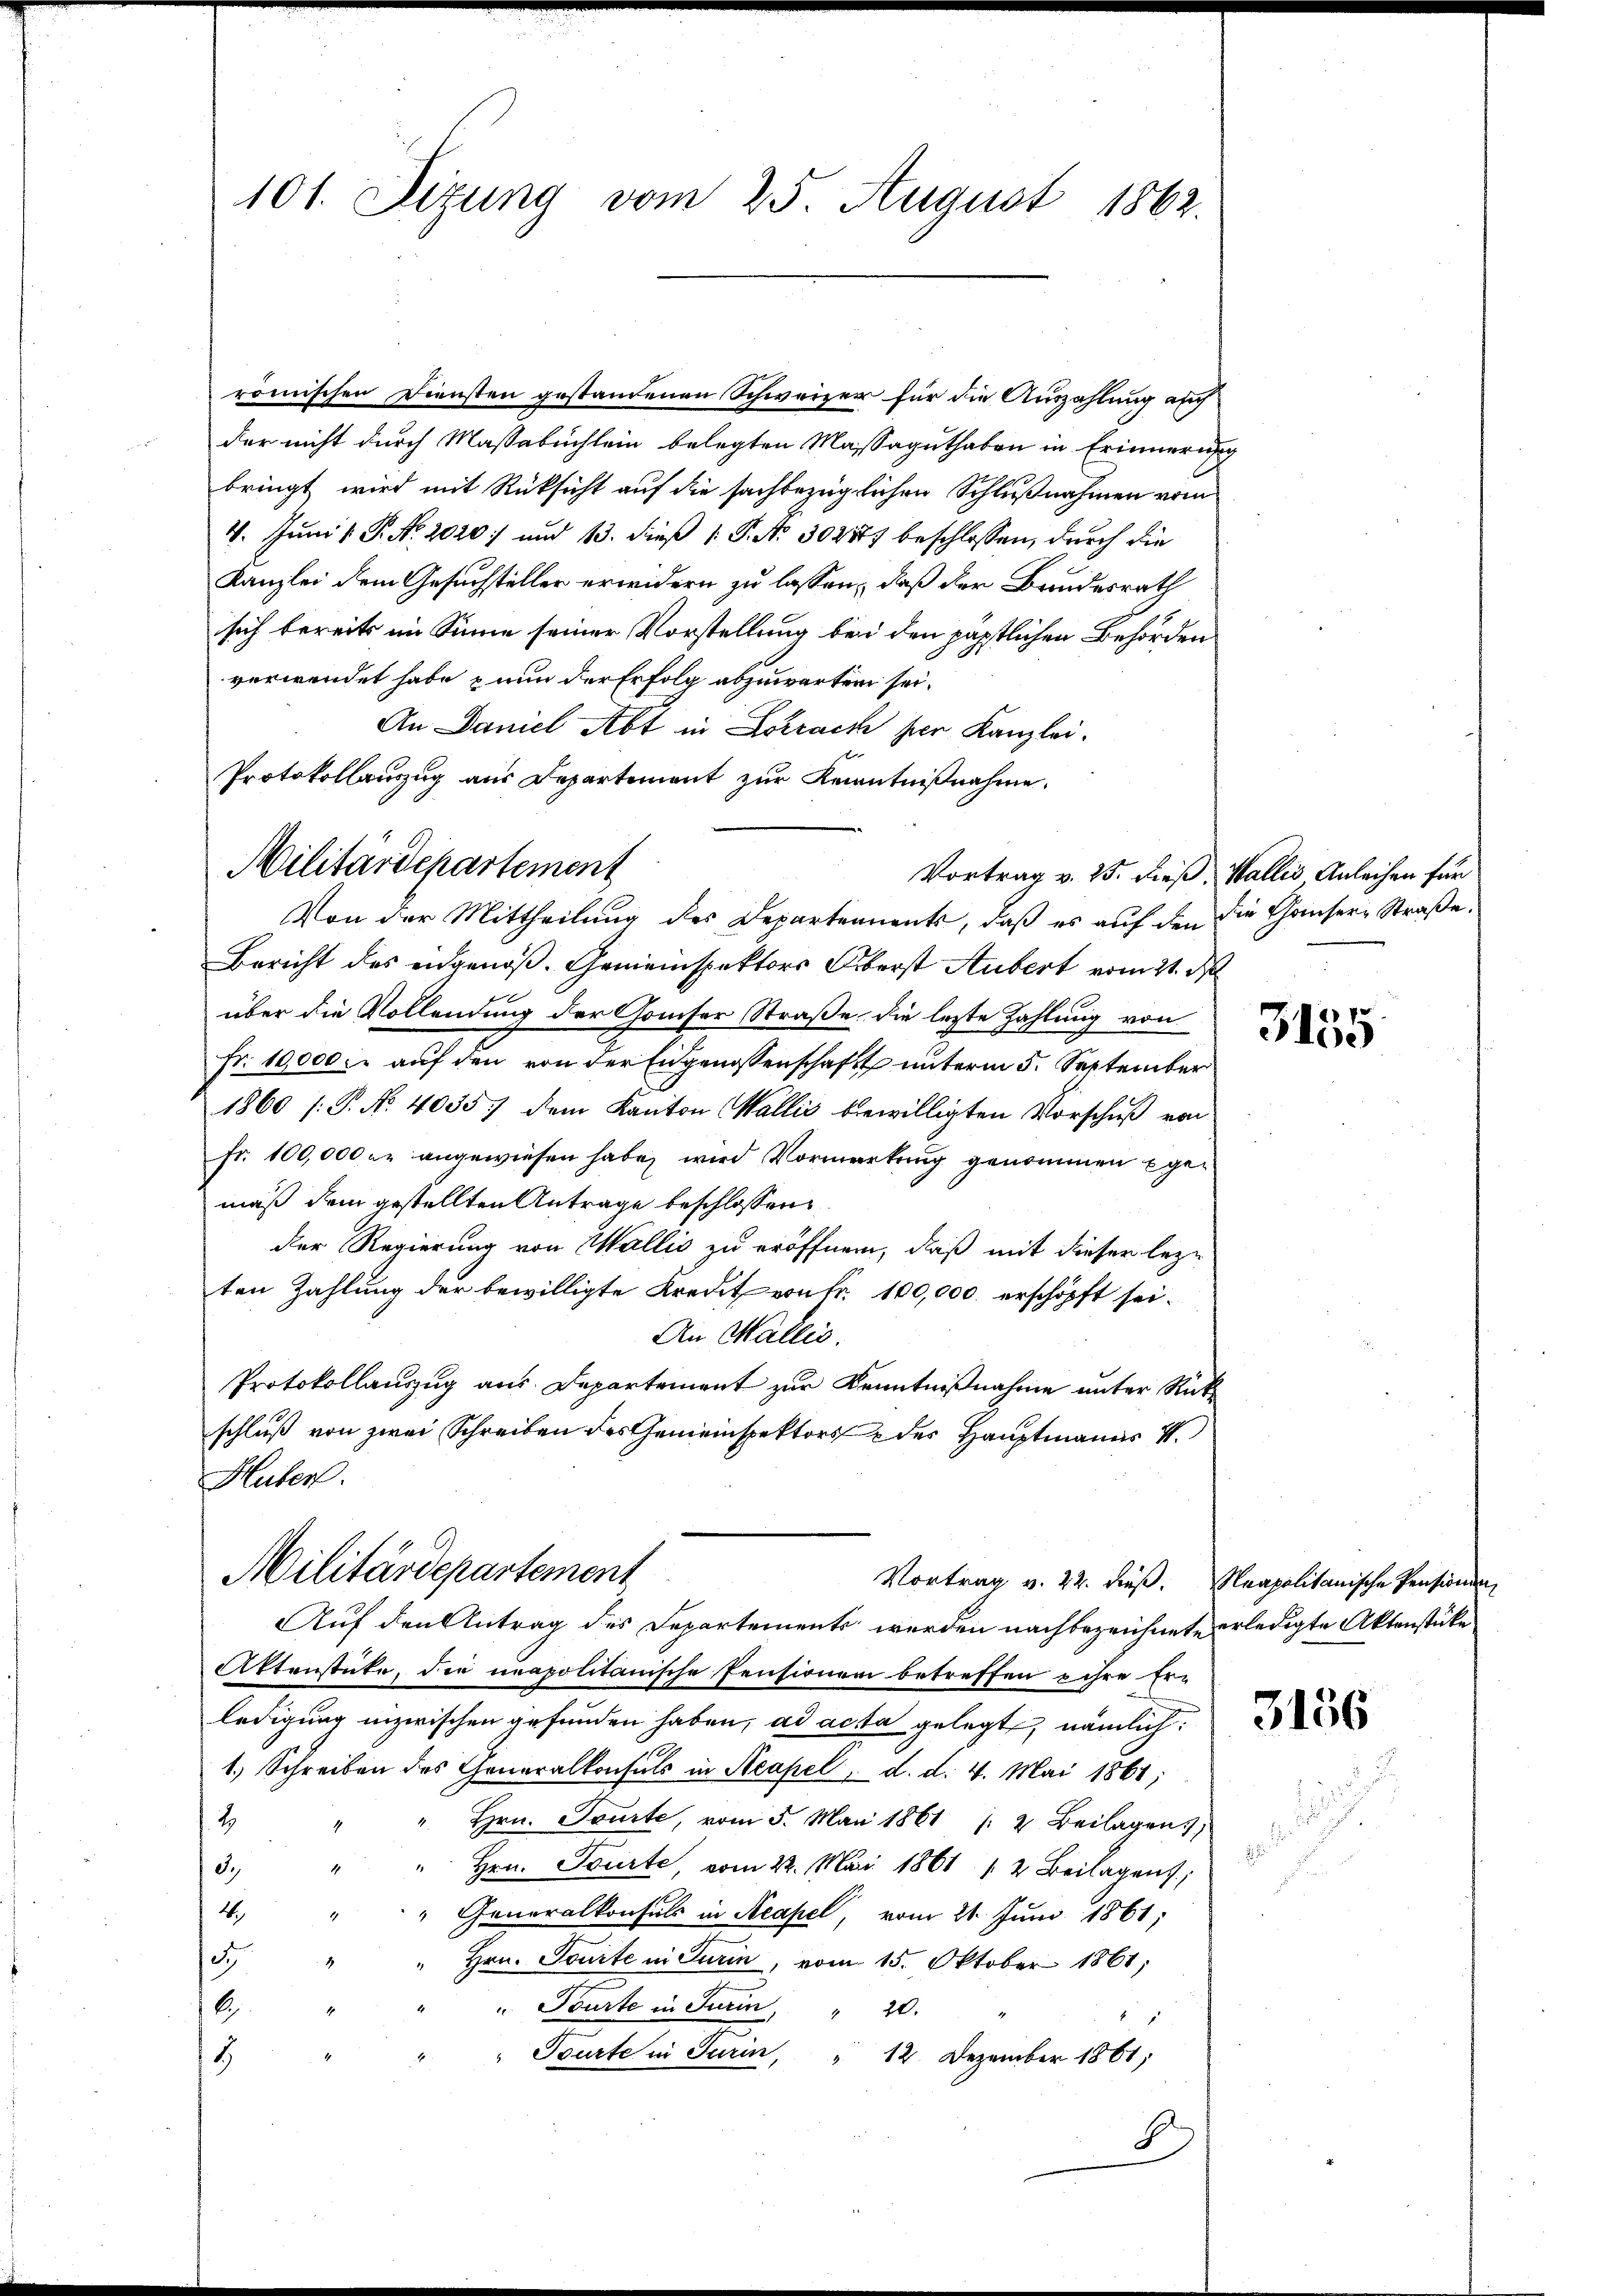
101. Sizung vom 25. August 1862.

römischen Diensten gestandenen Schweizer für die Auszahlung auch
der nicht durch Massabuchlein belegten Massaguthaben in Erinnerung
bringt wird mit Rücksicht auf die sachbezüglichen Schlußnahmen vom
4. Juni 1 P. Nr. 2020:/ und 13. dieß P. No 302577 beschlossen, durch die
Kanzlei dem Gesuchsteller erwidern zu lassen, daß der Bundesrath
sich bereits im Sinne seiner Vorstellung bei den päpstlichen Behörden
verwendet habe & nun der Erfolg abzuwarten sei.
An Daniel Abt in Lohrack hier Kanzlei.
Protokollauszug aus Departement zur Kenntnißnahme.
Von der Mittheilung des Departements, daß es auf den die Gänsere Straße,
Bericht des eidgenoß. Gemeinspektors Oberst Aubert vom 21. d
über die Vollendung der Comiser Straße, die lezte Zahlung von
Fr. 10,000. aŭf den von der Eidgenossenschaft unterm 5. September
1860 /: P. No 4035) dem Kanton Wallis bewilligten Vorschuß von
fr. 100,000 er angewiesen habe, wird Vormerkung genommen gemäß dem gestellten Antrage beschlossen
der Regierung von Wallis zu eröffnen, daß mit dieser lezten Zahlung der bewilligte Kredit von Fr. 100,000. erschöpft sei.
An Wallis.
Protokollauszug aus Departement zur Kenntnißnahme unter Rückschluß von zwei Schreiben des Gemeinspektors der Hauptmanns 4.
Huber.
Militärdepartement
Vortrag v. 22. dieß. Neapolitanische Pensionen,
Auf den Antrag des Departements werden nachbezeichnete erledigte Aktenstüke
Aktenstücke, die neapolitanische Pensionen betreffen ihre Er-
ledigung inzwischen gefunden haben, ad acta gelegt, nämlich:
1.) Schreiben des Generalkonsuls in Neapel , d. d. 4. Mai 1861;
1
Hrn. Tourte, vom 5. Mai 1861 /: 2. Beilagen
3. " " hrn. Tourte, vom 22. Mai 1861 12 Beilagens;
4.
" Generalkonsuls in Neapel, vom 21. Juni 1861;
i
5
Hrn. Tourte in Turin, vom 15. Oktober 1861;
6
"Tourte in Turin " 20.
z
Tourte in Turin, " 12. Dezember 1861,
18
8

Militärdepartement

Vortrag v. 25. dieß, Wallis Anleihen für

3155

3156